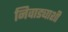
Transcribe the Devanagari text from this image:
निवाड्याशी